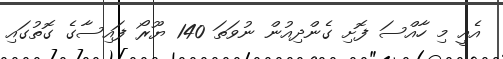
އެއީ މި ހާއްސަ ފޮށި ގެންދިއުން ނުވަތަ 140 ޔޫރޯ ފައިސާގެ ގޮތުގައި